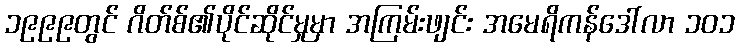
၁၉၉၉တွင် ဂိတ်စ်၏ပိုင်ဆိုင်မှုမှာ အကြမ်းဖျင်း အမေရိကန်ဒေါ်လာ ၁၀၁